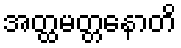
အတ္ထမတ္တနောတိ